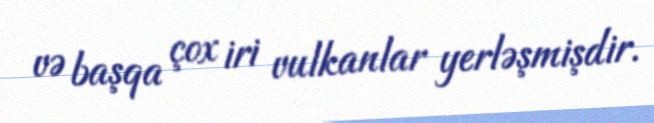
və başqa çox iri vulkanlar yerləşmişdir.